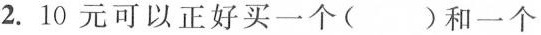
2. 10元可以正好买一个( )和一个